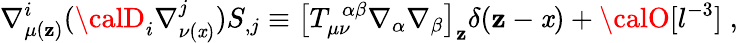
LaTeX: \nabla_{\mu(\mathbf{z})}^{i}({\calD}_{i}\nabla_{\nu(\mathit{x})}^{j})S_{,j}\equiv\left[T_{\mu\nu}^{\ \ \alpha\beta}\nabla_{\alpha}\nabla_{\beta}\right]_{\mathbf{z}}\delta(\mathbf{z}-\mathit{x})+{\calO}[l^{-3}]\; ,